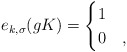
\begin{align*}e_{k,\sigma}(gK)=\begin{cases}1&\\0&,\end{cases}\end{align*}